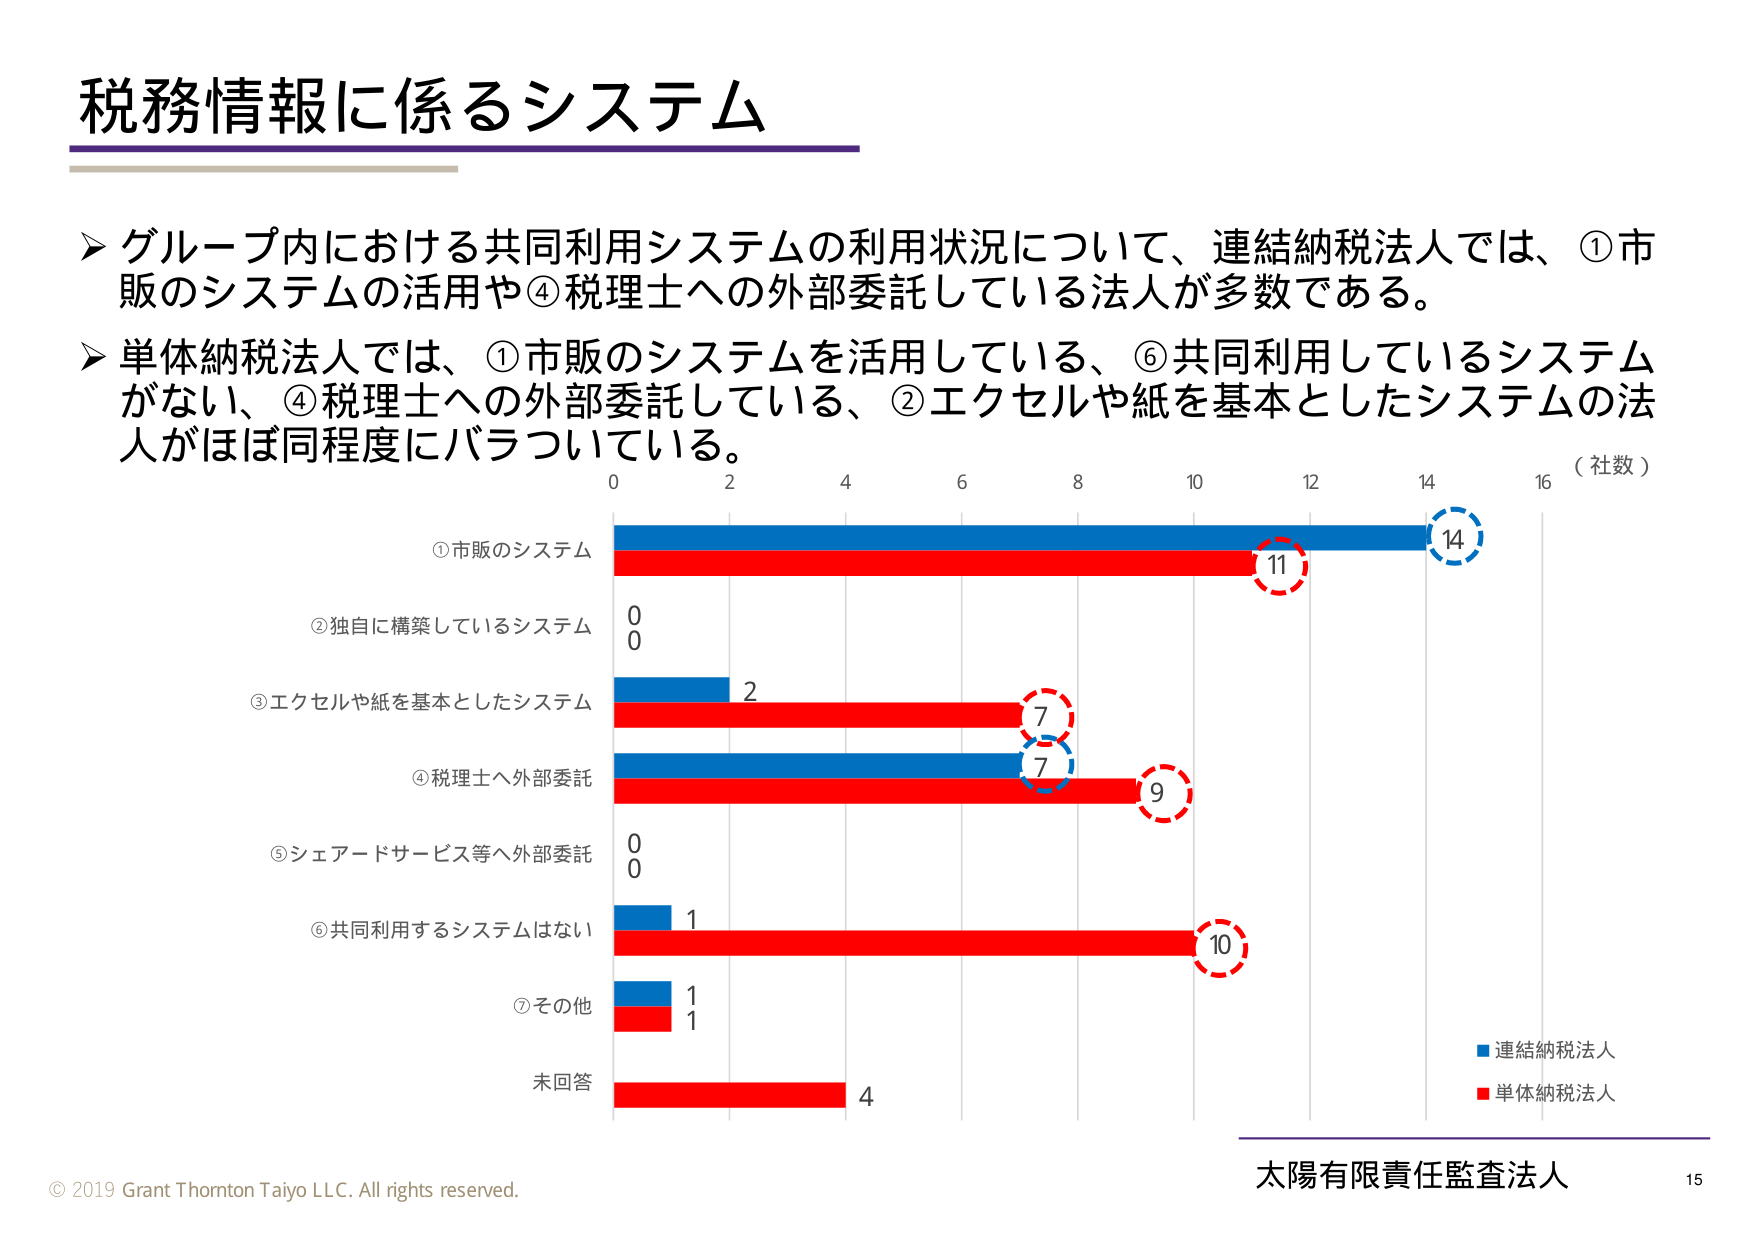
税務情報に係るシステム

➤ グループ内における共同利用システムの利用状況について、連結納税法人では、①市販のシステムの活用や④税理士への外部委託している法人が多数である。

➤ 単体納税法人では、①市販のシステムを活用している、⑥共同利用しているシステムがない、④税理士への外部委託している、②エクセルや紙を基本としたシステムの法人がほぼ同程度にバラついている。

①市販のシステム
②独自に構築しているシステム
③エクセルや紙を基本としたシステム
④税理士へ外部委託
⑤シェアードサービス等へ外部委託
⑥共同利用するシステムはない
⑦その他
未回答

0 2 4 6 8 10 12 14 16 （社数）

14
11
0
0
2
7
7
9
0
0
1
10
1
1
4

■ 連結納税法人
■ 単体納税法人

© 2019 Grant Thornton Taiyo LLC. All rights reserved.
太陽有限責任監査法人
15